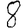
Digit: 8